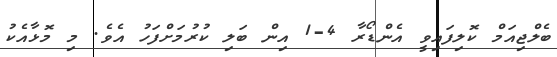
ބެލްޖިއަމް ކޮލިފައިވީ އެންޑޯރާ 4-1 އިން ބަލި ކުރުމަށްފަހު އެވެ. މި މޮޅާއެކު